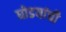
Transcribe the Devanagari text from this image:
घोडयांची